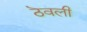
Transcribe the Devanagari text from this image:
ठॆवली